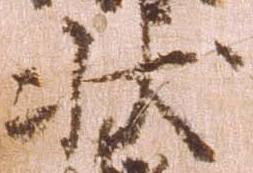
状